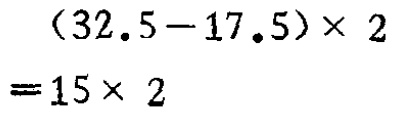
\((32.5 - 17.5)\times 2=15\times 2\)